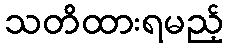
သတိထားရမည့်